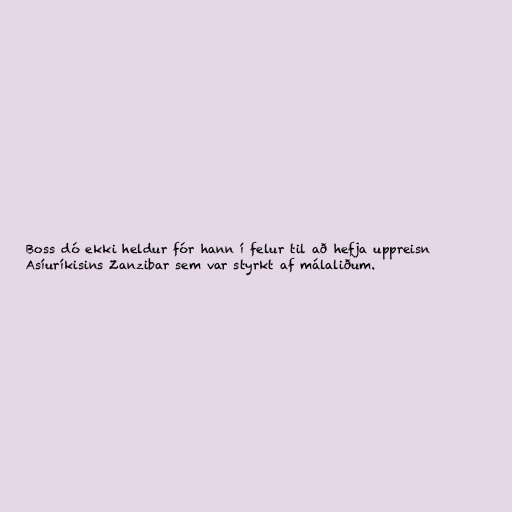
Boss dó ekki heldur fór hann í felur til að hefja uppreisn
Asíuríkisins Zanzibar sem var styrkt af málaliðum.